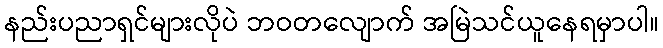
နည်းပညာရှင်များလိုပဲ ဘဝတလျောက် အမြဲသင်ယူနေရမှာပါ။